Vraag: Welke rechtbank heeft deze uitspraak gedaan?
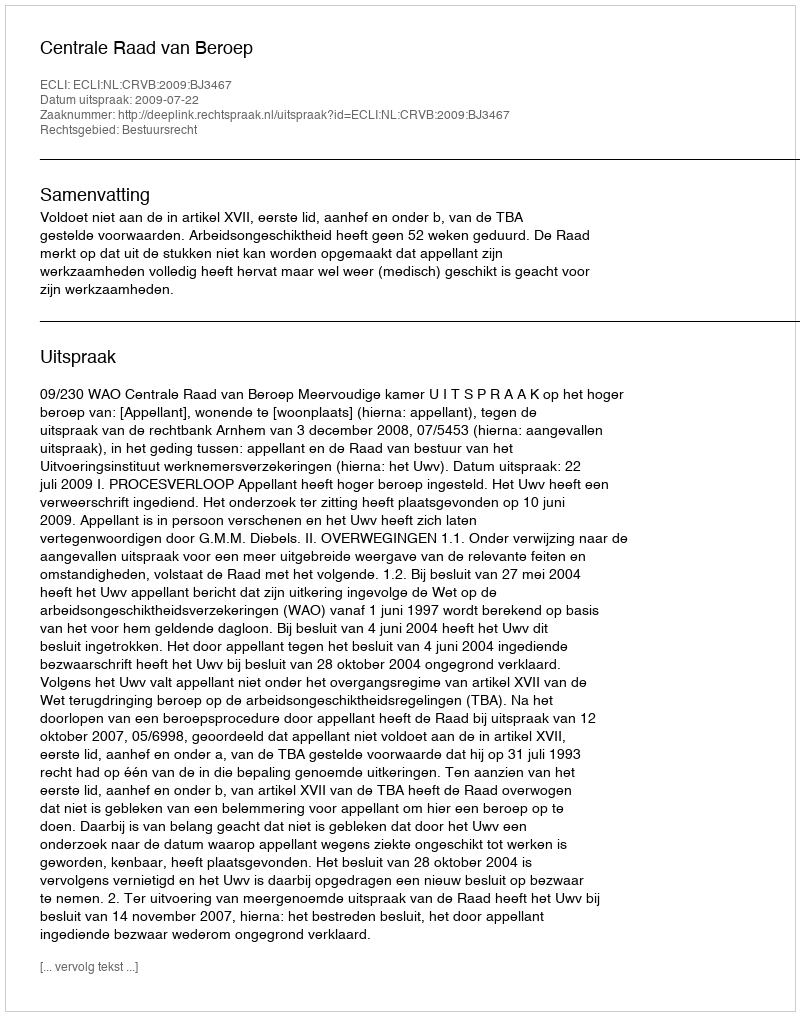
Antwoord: Centrale Raad van Beroep